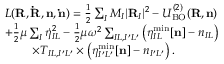
\begin{array} { r l } & { { \cal L } ( { \bf R , { \dot { R } } , n , { \dot { n } } } ) = \frac { 1 } { 2 } \sum _ { I } M _ { I } \vert { \bf R } _ { I } \vert ^ { 2 } - { \cal U } _ { \mathrm { B O } } ^ { ( 2 ) } ( { \bf R , n } ) } \\ & { + \frac { 1 } { 2 } \mu \sum _ { I } { \dot { \eta } } _ { I L } ^ { 2 } - \frac { 1 } { 2 } \mu \omega ^ { 2 } \sum _ { I L , I ^ { \prime } L ^ { \prime } } \left( \eta _ { I L } ^ { \mathrm { m i n } } [ { \bf n } ] - n _ { I L } \right) } \\ & { ~ ~ ~ ~ ~ ~ ~ \times T _ { I L , I ^ { \prime } L ^ { \prime } } \times \left( \eta _ { I ^ { \prime } L ^ { \prime } } ^ { \mathrm { m i n } } [ { \bf n } ] - n _ { I ^ { \prime } L ^ { \prime } } \right) . } \end{array}